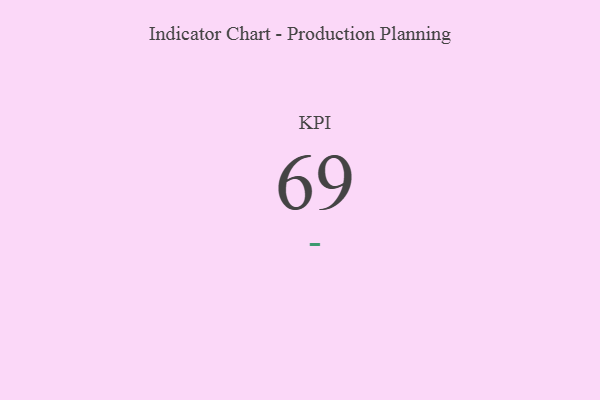
{"axis": {"x": "KPI", "y": "Value"}, "legend": [""], "data": [{"x": "KPI", "y": 69, "type": ""}]}